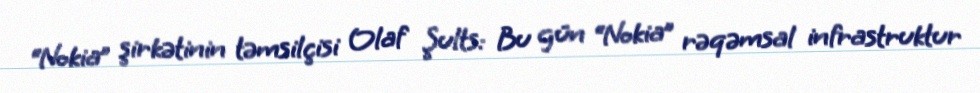
“Nokia” şirkətinin təmsilçisi Olaf Şults: Bu gün “Nokia” rəqəmsal infrastruktur